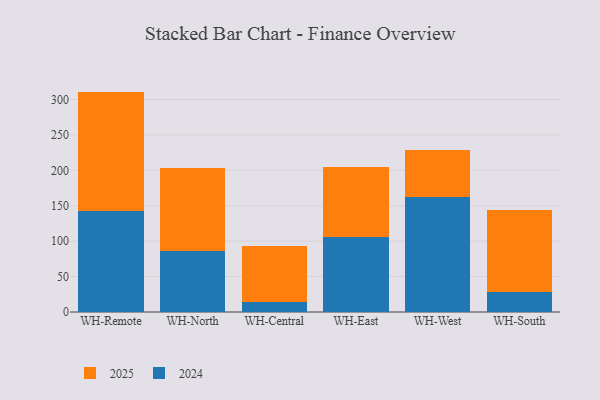
{"axis": {"x": "Warehouse", "y": "Bounce Rate (%)"}, "legend": ["2024", "2025"], "data": [{"x": "WH-Remote", "y": 167.9, "type": "2025"}, {"x": "WH-Remote", "y": 143.3, "type": "2024"}, {"x": "WH-North", "y": 116.9, "type": "2025"}, {"x": "WH-North", "y": 85.9, "type": "2024"}, {"x": "WH-Central", "y": 77.9, "type": "2025"}, {"x": "WH-Central", "y": 14.7, "type": "2024"}, {"x": "WH-East", "y": 98.8, "type": "2025"}, {"x": "WH-East", "y": 106.3, "type": "2024"}, {"x": "WH-West", "y": 65.9, "type": "2025"}, {"x": "WH-West", "y": 163.0, "type": "2024"}, {"x": "WH-South", "y": 116.4, "type": "2025"}, {"x": "WH-South", "y": 28.2, "type": "2024"}]}